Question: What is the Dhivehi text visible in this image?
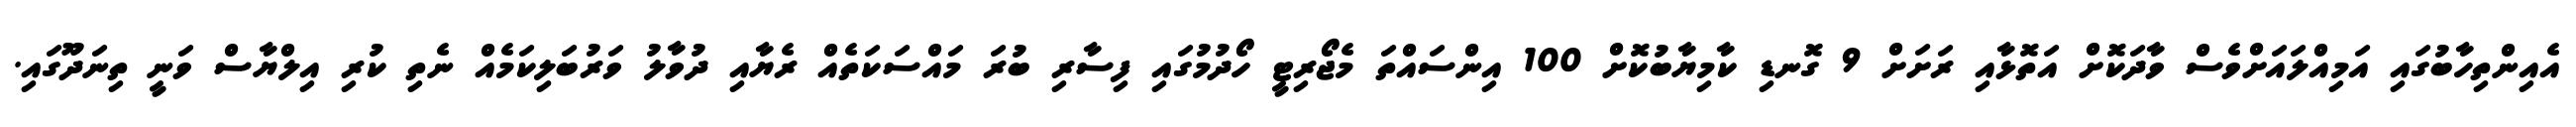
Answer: އެއިންތިހާބުގައި އަމިއްލައަށްވެސް ވާދަކޮށް އަތޮޅާއި ރަށަށް 9 ގޮނޑި ކާމިޔާބުކޮށް 100 އިންސައްތަ މެޖޯރިޓީ ހޯދުމުގައި ފިސާރި ބުރަ މައްސަކަތެއް ރެޔާއި ދުވާލު ވަރުބަލިކަމެއް ނެތި ކުރި އިލްޔާސް ވަނީ ތިނަދޫގައި.